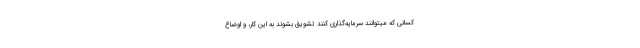
کسانی که میتوانند سرمایه‌گذاری کنند تشویق بشوند به این کار، و اوضاع